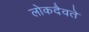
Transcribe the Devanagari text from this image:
लोकदैवते